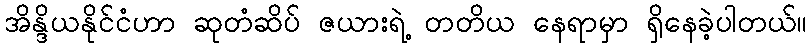
အိန္ဒိယနိုင်ငံဟာ ဆုတံဆိပ် ဇယားရဲ့ တတိယ နေရာမှာ ရှိနေခဲ့ပါတယ်။